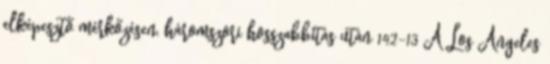
elképesztő mérkőzésen, háromszori hosszabbítás után 142-13 A Los Angeles